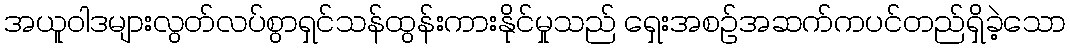
အယူဝါဒများလွတ်လပ်စွာရှင်သန်ထွန်းကားနိုင်မှုသည် ရှေးအစဉ်အဆက်ကပင်တည်ရှိခဲ့သော